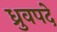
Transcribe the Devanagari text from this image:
ध्रुवपदे